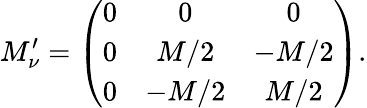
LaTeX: M_{\nu}^{\prime}=\left(\begin{array}{ccc}{{0}}&{{0}}&{{0}}\\ {{0}}&{{M/2}}&{{-M/2}}\\ {{0}}&{{-M/2}}&{{M/2}}\end{array}\right).